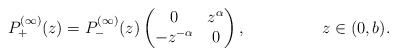
\begin{align*}&P^{(\infty)}_+(z) = P^{(\infty)}_-(z)\begin{pmatrix}0&z^{\alpha}\\-z^{-\alpha}&0\end{pmatrix} , &z\in (0,b).\end{align*}